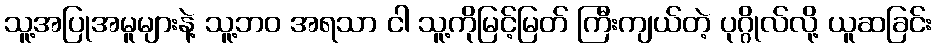
သူ့အပြုအမူများနဲ့ သူ့ဘဝ အရသာ ငါ သူ့ကိုမြင့်မြတ် ကြီးကျယ်တဲ့ ပုဂ္ဂိုလ်လို့ ယူဆခြင်း